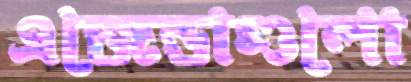
এজেন্ডাগুলো